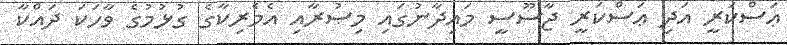
ޢަސްކަރީ އަދި ޢަސްކަރީ ޖާސޫސީ މައިދާނުގައި މިޞުރާއި އެމެރިކާގެ ގުޅުމުގެ ވާހަކަ ދައްކާ